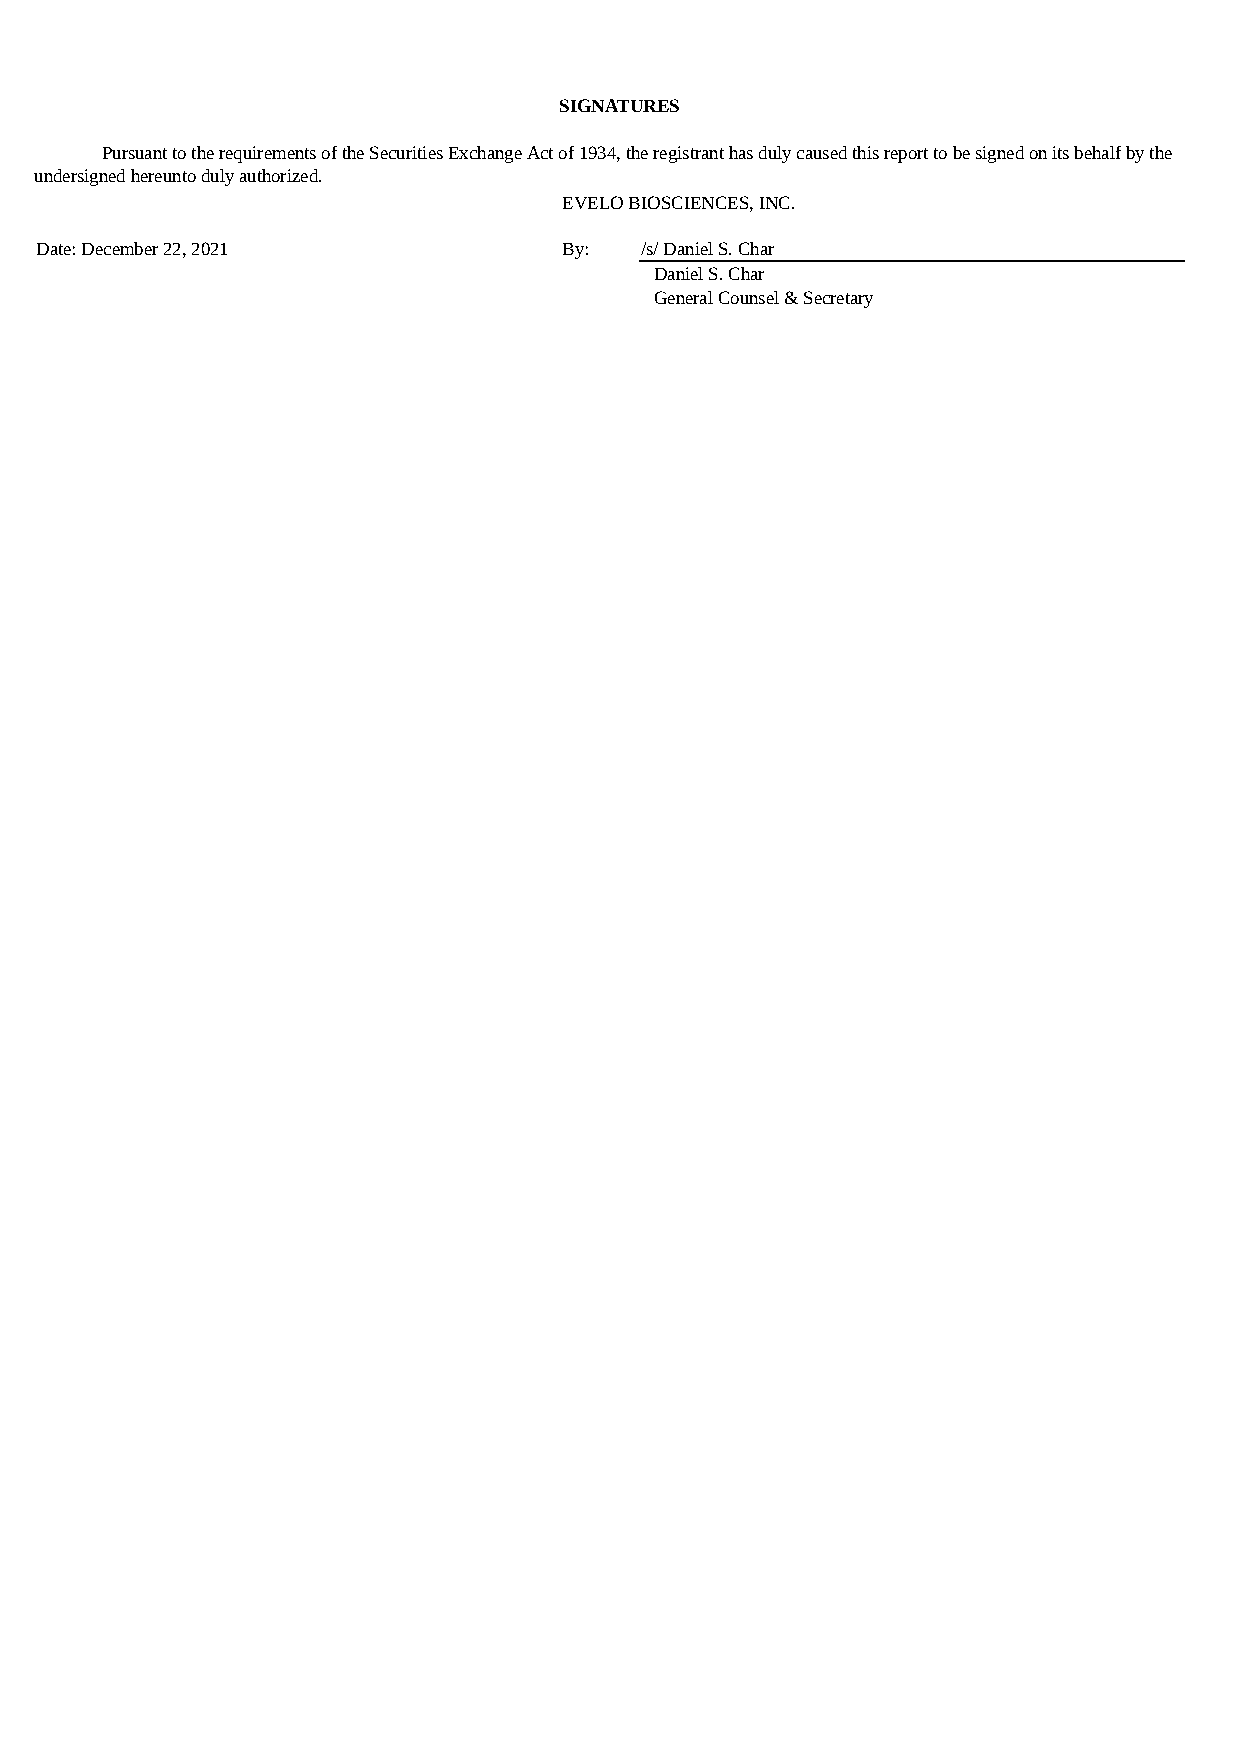
SIGNATURES
 Pursuant to the requirements of the Securities Exchange Act of 1934, the registrant has duly caused this report to be signed on its behalf by the
 undersigned hereunto duly authorized.
 EVELO BIOSCIENCES, INC.
 Date: December 22, 2021            By:  /s/ Daniel S. Char
 Daniel S. Char
 General Counsel & Secretary